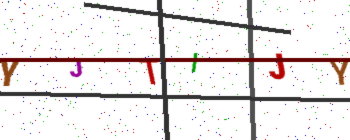
Text: YJTIJY